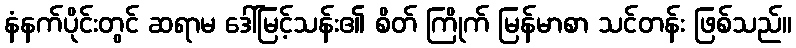
နံနက်ပိုင်းတွင် ဆရာမ ဒေါ်မြင့်သန်း၏ စိတ် ကြိုက် မြန်မာစာ သင်တန်း ဖြစ်သည်။